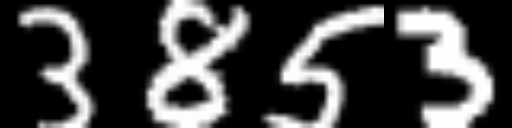
Text: 3853